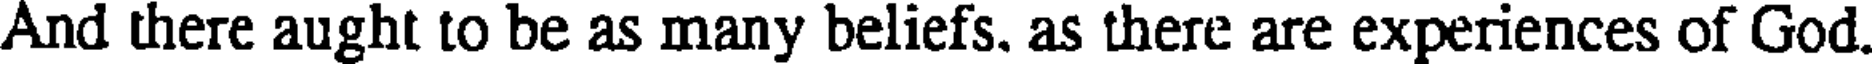
And there aught to be as many beliefs. as there are experiences of God.